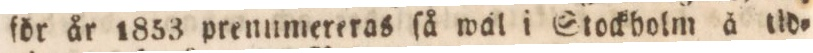
för år 1853 prenumereras ſå wäl i Stockholm å tid=